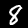
Digit: 8